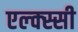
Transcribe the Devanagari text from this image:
एल्क्स्सी